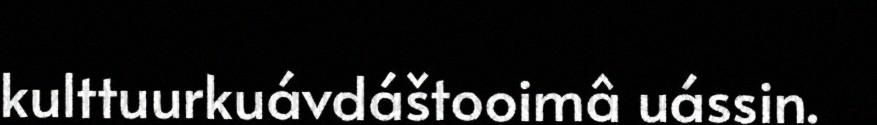
kulttuurkuávdáštooimâ uássin.